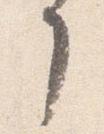
了